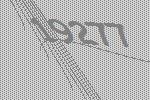
19277